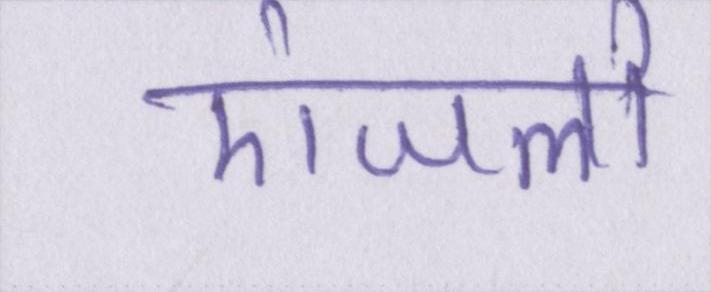
एंजलो